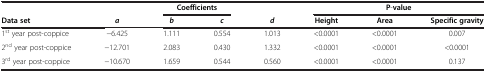
<table><thead><tr><td><b> </b></td><td><b> </b></td><td colspan="2"><b>Coefficients</b></td><td><b> </b></td><td colspan="3"><b>P-value</b></td></tr><tr><td><b>Data set</b></td><td><b><i>a</i></b></td><td><b><i>b</i></b></td><td><b><i>c</i></b></td><td><b><i>d</i></b></td><td><b>Height</b></td><td><b>Area</b></td><td><b>Specific gravity</b></td></tr></thead><tbody><tr><td>1<sup>st</sup> year post-coppice</td><td>−6.425</td><td>1.111</td><td>0.554</td><td>1.013</td><td>&lt;0.0001</td><td>&lt;0.0001</td><td>0.007</td></tr><tr><td>2<sup>nd</sup> year post-coppice</td><td>−12.701</td><td>2.083</td><td>0.430</td><td>1.332</td><td>&lt;0.0001</td><td>&lt;0.0001</td><td>&lt;0.0001</td></tr><tr><td>3<sup>rd</sup> year post-coppice</td><td>−10.670</td><td>1.659</td><td>0.544</td><td>0.560</td><td>&lt;0.0001</td><td>&lt;0.0001</td><td>0.137</td></tr></tbody></table>